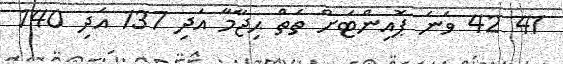
41 42 ވަނަ ޕޮއިންޓަށް ތެތް ޙިޖާމާ އަދި 137 އަދި 140